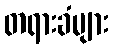
တရားခံများ